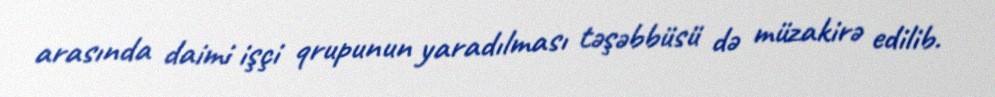
arasında daimi işçi qrupunun yaradılması təşəbbüsü də müzakirə edilib.